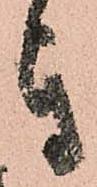
き